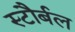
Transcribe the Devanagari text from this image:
स्टौर्बल